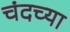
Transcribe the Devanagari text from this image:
चंदच्या